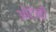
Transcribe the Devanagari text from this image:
ओटेनी